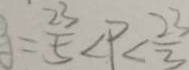
= \frac { 2 3 } { 5 } < P < \frac { 2 3 } { 3 }